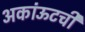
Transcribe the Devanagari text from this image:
अकांऊटची